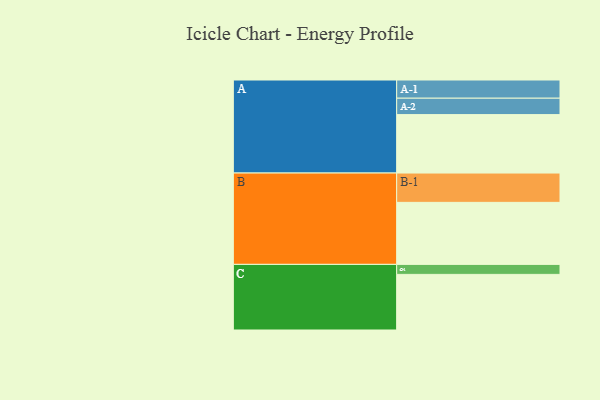
{"axis": {"x": "Segment", "y": "Value"}, "legend": ["", "A", "B", "C"], "data": [{"x": "A", "y": 520, "type": ""}, {"x": "B", "y": 552, "type": ""}, {"x": "C", "y": 495, "type": ""}, {"x": "A-1", "y": 162, "type": "A"}, {"x": "A-2", "y": 146, "type": "A"}, {"x": "B-1", "y": 261, "type": "B"}, {"x": "C-1", "y": 89, "type": "C"}]}